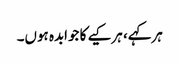
ہرکہے، ہرکیے کا جوابدہ ہوں۔